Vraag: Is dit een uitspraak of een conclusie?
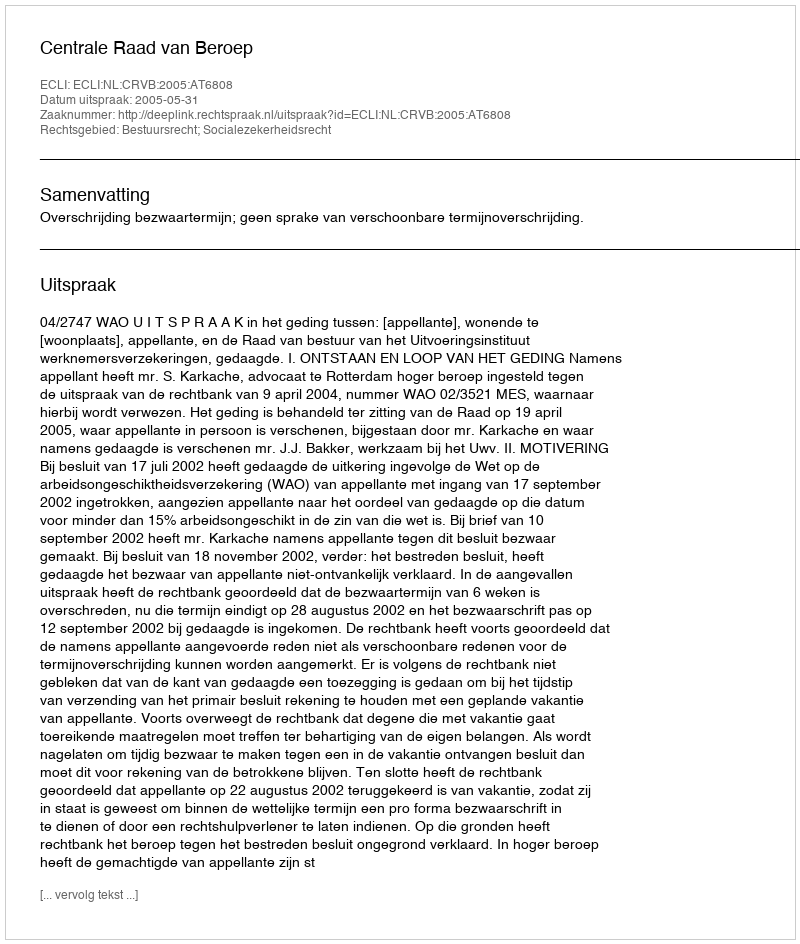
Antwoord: Uitspraak